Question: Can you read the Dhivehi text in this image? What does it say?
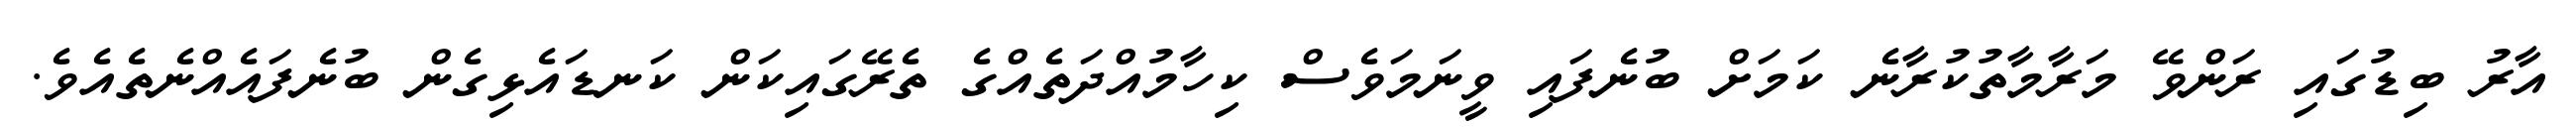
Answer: އާރު ބިޑުގައި ރަންވޭ މަރާމާތުކުރާނެ ކަމަށް ބުނެފައި ވީނަމަވެސް ކިހާމުއްދަތެއްގެ ތެރޭގައިކަން ކަނޑައެޅިގެން ބުނެފައެއްނެތެއެވެ.